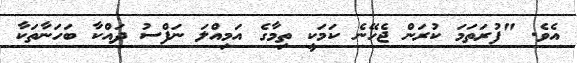
އެވެ. "ފުރަތަމަ ކުރަން ޖެހޭނެ ކަމަކީ ތިމާގެ އަމިއްލަ ނަފްސު ދައްކާ ބަހަނާތަކާ